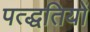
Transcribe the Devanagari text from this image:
पत्द्धतियों